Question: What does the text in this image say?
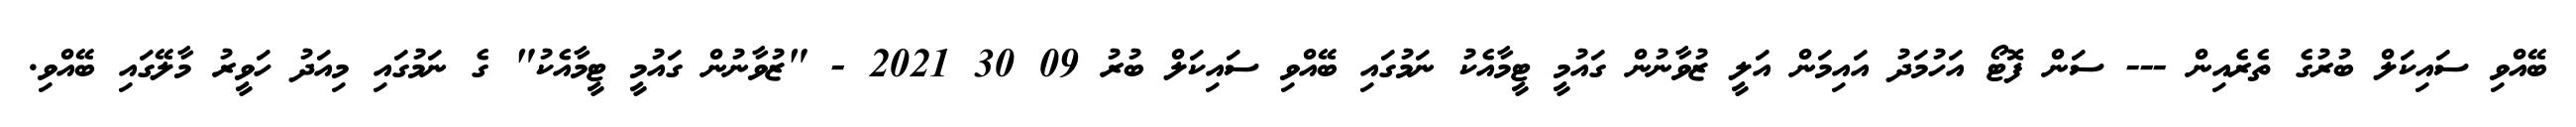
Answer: ބޭއްވި ސައިކަލް ބުރުގެ ތެރެއިން --- ސަން ފޮޓޯ އަހުމަދު އައިމަން އަލީ ޒުވާނުން ގައުމީ ޓީމާއެކު ނަމުގައި ބޭއްވި ސައިކަލް ބުރު 09 30 2021 - "ޒުވާނުން ގައުމީ ޓީމާއެކު" ގެ ނަމުގައި މިއަދު ހަވީރު މާލޭގައި ބޭއްވި.